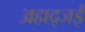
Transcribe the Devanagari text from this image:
अह्मद्जई